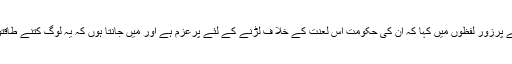
انہوں نے پرزور لفظوں میں کہا کہ ان کی حکومت اس لعنت کے خلا ف لڑنے کے لئے پرعزم ہے اور میں جانتا ہوں کہ یہ لوگ کتنے طاقتور ہیں ۔